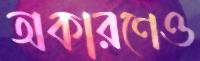
অকারণেও